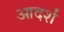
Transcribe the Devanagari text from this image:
आदर्शं